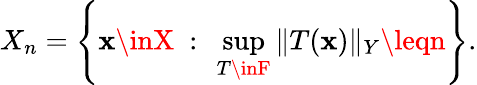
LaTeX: X_{n}=\left\{ \mathbf{x}\inX\ :\ \sup_{T\inF}\| T(\mathbf{x})\| _{Y}\leqn\right\} .